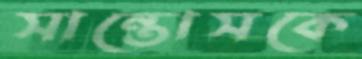
সান্তোসকে